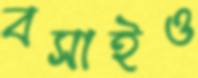
বসাইও